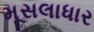
મૂસલાધાર